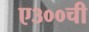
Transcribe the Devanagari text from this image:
ए३००ची